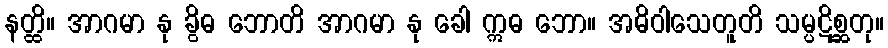
နတ္ထိ။ အာဂမာ နု ခွိဓ ဘောတိ အာဂမာ နု ခေါ ဣဓ ဘော။ အဓိဝါသေတူတိ သမ္ပဋိစ္ဆတု။